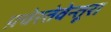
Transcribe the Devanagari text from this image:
फ़्वेरतेवेन्तूरा